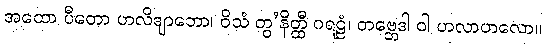
အထော ပီတော ဟလိဒျာဘော၊ ဝိသံ တွ’နိတ္ထီ ဂရဠံ၊ တဗ္ဘေဒါ ဝါ ဟလာဟလော။